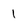
Character: 1